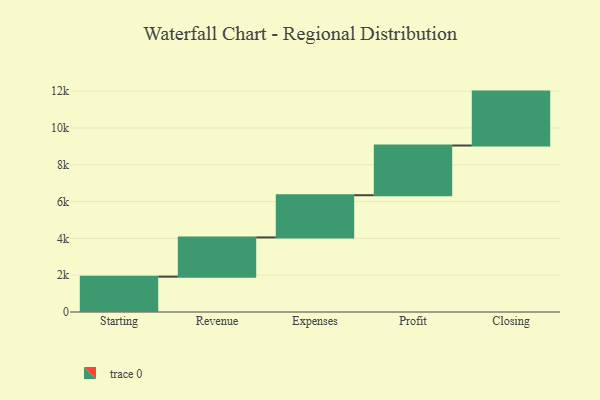
{"axis": {"x": "Step", "y": "Value"}, "legend": [""], "data": [{"x": "Starting", "y": 1920.0, "type": ""}, {"x": "Revenue", "y": 2131.0, "type": ""}, {"x": "Expenses", "y": 2294.0, "type": ""}, {"x": "Profit", "y": 2701.0, "type": ""}, {"x": "Closing", "y": 2929.0, "type": ""}]}